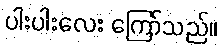
ပါးပါးလေး ကြော်သည်။